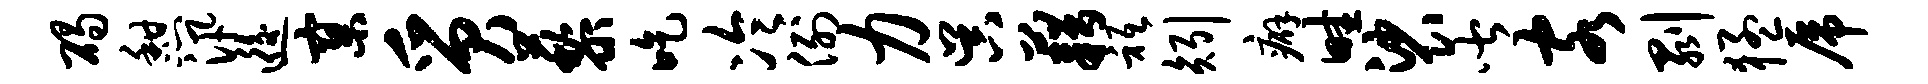
碣憩汛逅寥质藜吃冷例力吴藉只矧癖畦裟皆客剥猛虎